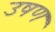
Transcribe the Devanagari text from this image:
उषण